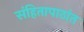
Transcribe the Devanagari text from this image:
संहितापाठांत